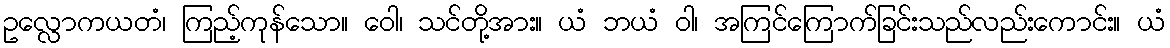
ဥလ္လောကယတံ၊ ကြည့်ကုန်သော။ ဝေါ၊ သင်တို့အား။ ယံ ဘယံ ဝါ၊ အကြင်ကြောက်ခြင်းသည်လည်းကောင်း။ ယံ